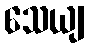
သေယျ